system: You are a helpful assistant.
user:
Analyze the provided spectrum to determine if it is a **"Cataclysmic Variables (CV)"**.

- **Key Indicators for CV (Check for either state):**
    - **State 1: Quiescent / Low-State (Emission-Dominated)**
        - **(Primary):** Strong and *very broad* Hydrogen Balmer emission lines (e.g., $H\alpha$ at 6563 Å, $H\beta$ at 4861 Å). The 'broadness' (high velocity dispersion, often FWHM > 1000 km/s) is the key diagnostic, indicating a high-velocity accretion disk.
        - **(Secondary):** Broad neutral Helium (He I) emission lines (e.g., 5876 Å, 6678 Å).
        - **(Key Confirmation):** Presence of high-excitation *ionized* Helium (He II) emission at 4686 Å. This is a strong indicator of accretion onto a white dwarf.
        - **(Line Profile):** Emission lines may exhibit a 'double-peaked' profile, which is a classic signature of a rotating accretion disk viewed at high inclination.

    - **State 2: Outburst / High-State (Absorption-Dominated)**
        - **(Primary):** Spectrum is dominated by a bright, blue continuum (looks like a hot star).
        - **(Secondary):** The emission lines from State 1 are weak, absent, or 'filled in', and are replaced by broad, shallow *absorption* lines (primarily Balmer and He I).
        - **(Morphology):** The overall spectrum mimics a hot B/A-type star. The crucial difference is that the absorption lines are significantly broader, shallower, and more 'washed-out' (or 'smeared') than the sharp lines of a normal stellar photosphere, due to high rotational speeds and pressure broadening in the disk.

Think first, call **spectral_visualization_tool** if needed to examine features in detail, then provide your final answer. Your response must adhere to the following strict rules:
1.  **Overall Structure:** Your response must follow the format `<think>...</think> <tool_call>...</tool_call> (if a tool is used) <answer>...</answer>`.
2.  **Tool Usage Constraint:** You may only make **one** tool call per turn.
3.  **Final Answer Format:** In the `<answer>` tag, your conclusion must be inside a `\boxed{}` command (e.g., `\boxed{YES}`), followed by your justification.

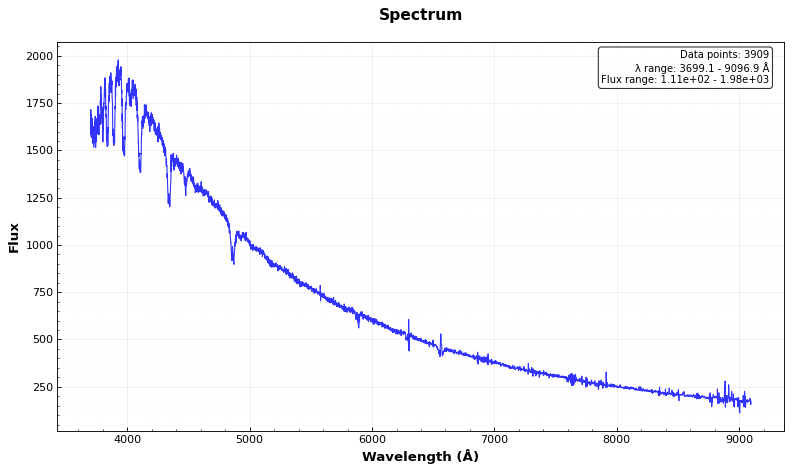
Answer: YES